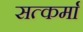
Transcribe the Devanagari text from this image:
सत्कर्मा